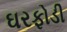
ઘરફોડી